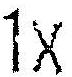
1X